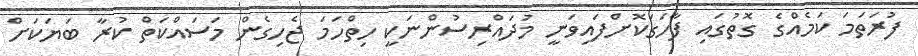
ފުރަތަމަ ކަމެއްގެ ގޮތުގައި ފާހަގަކޮށްފައިވަނީ މުދައްރިސުންނަކީ ހިތްހަމަ ޖެހިގެން މަސައްކަތް ކުރާ ބަޔަކަށް